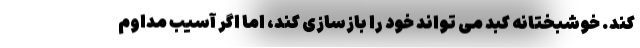
کند. خوشبختانه کبد می تواند خود را بازسازی کند، اما اگر آسیب مداوم